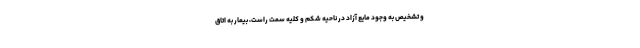
و تشخیص به وجود مایع آزاد در ناحیه شکم و کلیه سمت راست، بیمار به اتاق